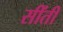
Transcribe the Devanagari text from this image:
सींती